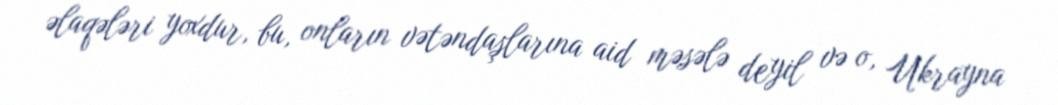
əlaqələri yoxdur, bu, onların vətəndaşlarına aid məsələ deyil və o, Ukrayna